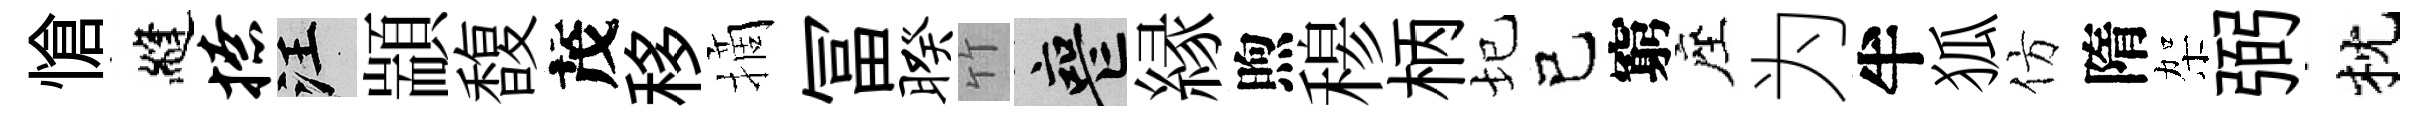
愴縫撩汪顓馥茂移摘冨暌竹喪縁煦𥠇柄圮己窮座为半狐仿隋架弼枕